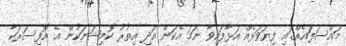
މައްސަލައެއްގައި ފިޔަވަޅެއް އަޅާފައިވާ ނަމަ އެކަން އަދި އިތުރު ކޮމިޝަނަކުން އެ އޮފިސަރަކާ